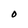
Character: O